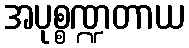
အပုစ္စဏ္ဍတာယ